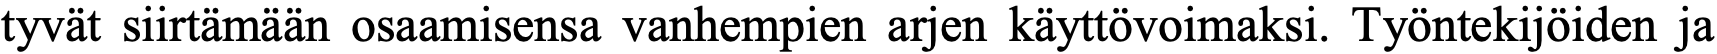
tyvät siirtämään osaamisensa vanhempien arjen käyttövoimaksi. Työntekijöiden ja